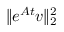
\| e ^ { \b { A } t } \b { v } \| _ { 2 } ^ { 2 }